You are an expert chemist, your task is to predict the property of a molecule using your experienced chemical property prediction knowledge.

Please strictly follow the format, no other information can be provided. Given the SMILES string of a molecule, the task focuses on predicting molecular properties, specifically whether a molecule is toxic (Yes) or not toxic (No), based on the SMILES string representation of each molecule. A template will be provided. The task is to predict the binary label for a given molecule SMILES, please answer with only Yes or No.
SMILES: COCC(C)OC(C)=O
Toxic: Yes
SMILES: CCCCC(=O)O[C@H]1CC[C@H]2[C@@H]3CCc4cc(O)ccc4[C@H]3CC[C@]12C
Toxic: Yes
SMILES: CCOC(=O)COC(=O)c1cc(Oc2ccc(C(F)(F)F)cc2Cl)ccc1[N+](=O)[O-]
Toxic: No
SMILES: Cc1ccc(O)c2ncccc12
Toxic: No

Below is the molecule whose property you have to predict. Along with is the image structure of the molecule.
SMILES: Cc1ccccn1
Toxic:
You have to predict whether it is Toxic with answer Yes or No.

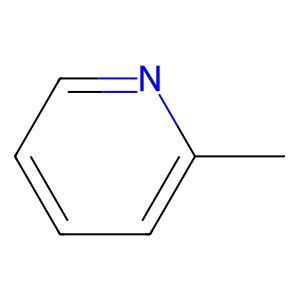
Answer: No